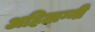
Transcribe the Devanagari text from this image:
अहिताग्नी